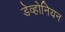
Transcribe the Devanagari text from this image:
डेव्होनियन